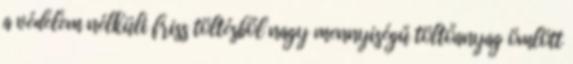
a védelem nélküli friss töltésből nagy mennyiségű töltőanyag ömlött